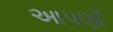
આપણાઁ